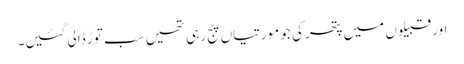
اور قبیلوں میں پتھرکی جو مورتیاں پج رہی تھیں سب توڑ ڈالی گئیں۔